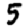
Digit: 5